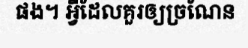
ផង។ អ្វីដែលគួរឲ្យច្រណែន